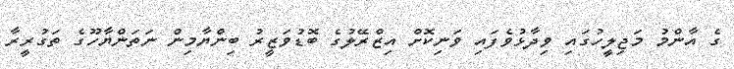
ގެ އާންމު މަޖިލީހުގައި ވިދާޅުވެފައި ވަނިކޮށް އިޒްރޭލުގެ ބޮޑުވަޒީރު ބިންޔާމިން ނަތަންޔާހޫގެ ތަގުރީރާ